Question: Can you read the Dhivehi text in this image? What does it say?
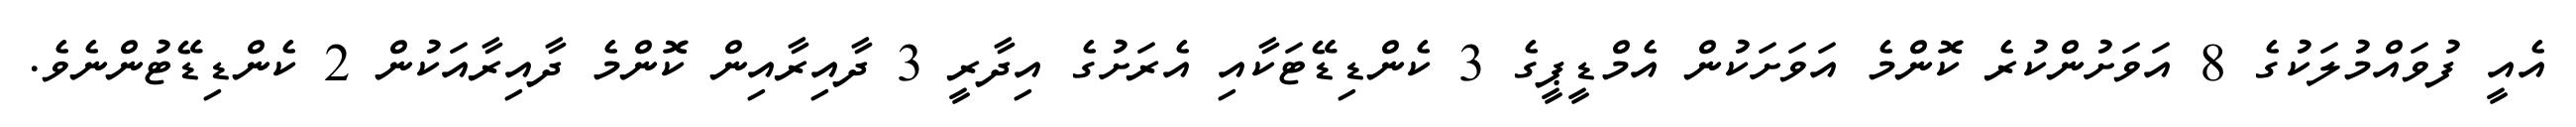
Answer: އެއީ ފުވައްމުލަކުގެ 8 އަވަށުންކުރެ ކޮންމެ އަވަށަކުން އެމްޑީޕީގެ 3 ކެންޑިޑޭޓަކާއި އެރަށުގެ އިދާރީ 3 ދާއިރާއިން ކޮންމެ ދާއިރާއަކުން 2 ކެންޑިޑޭޓުންނެވެ.